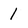
Character: 1